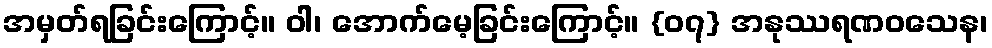
အမှတ်ရခြင်းကြောင့်။ ဝါ၊ အောက်မေ့ခြင်းကြောင့်။ {၀၇} အနုဿရဏဝသေန၊